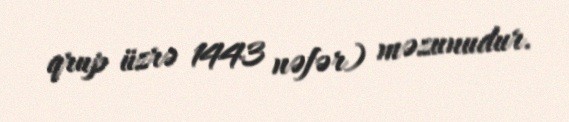
qrup üzrə 1443 nəfər) məzunudur.